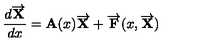
\frac { d \overrightarrow { { \bf X } } } { d x } = { \bf A } ( x ) \overrightarrow { { \bf X } } + \overrightarrow { { \bf F } } ( x , \overrightarrow { { \bf X } } )